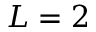
L = 2